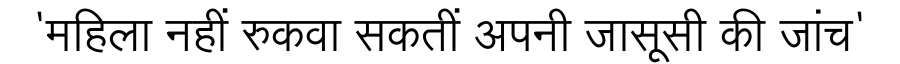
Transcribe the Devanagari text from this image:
'महिला नहीं रुकवा सकतीं अपनी जासूसी की जांच'